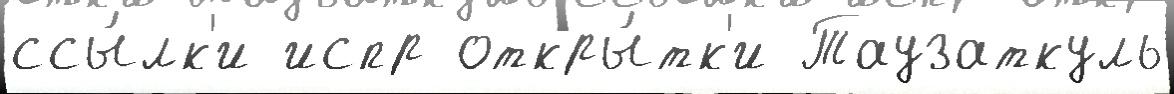
ссы́лк'и испр откры́тк'и Таузаткуль